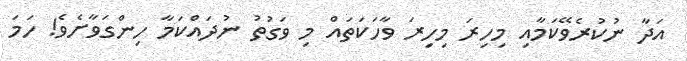
އަދާ ނުކުރެވޭކަމާއި މިހިރަ މިހިރަ ވާހަކަތައް މި ވަގުތު ނުދައްކަމާ ހިންގަވާށެވެ! ހަމަ